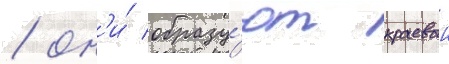
/ он'и́ образу́ют краевои